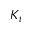
K _ { t }